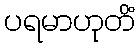
ပရမာဟုတိံ